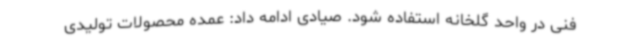
فنی در واحد گلخانه استفاده شود. صیادی ادامه داد: عمده محصولات تولیدی